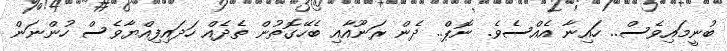
ބުނީމައިވެސް.. ހައިނާ އެއްސެވެ. ނޮޕް.. ދެން ރަނޫއާއި ބެހޭގޮތުން ތެދެއް ހަދައިފިއްޔާވެސް ހުންނަން